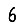
Digit: 6